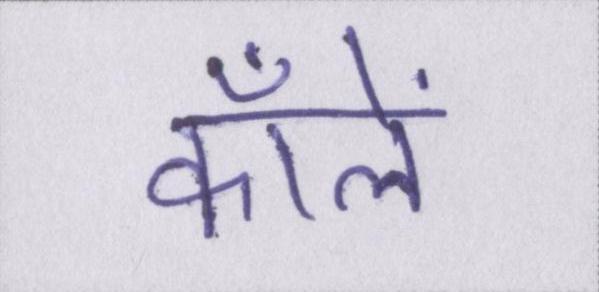
कॉलें